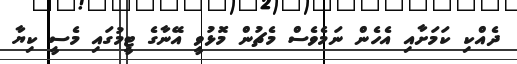
ދެއްކި ކަމަށާއި އެހެން ނަމެވެސް މެޗުން މޮޅުވީ އޭނާގެ ޓީމުގައި މެސީ ކިޔާ